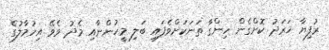
ރުފިޔާ ޚަރަދު ކޮށްގެން ހިންގާ ތަނަކަށްވެފައި ބަލި މީހުންނާއި މެދު ވެވޭ އިހުމާލުގެ